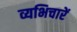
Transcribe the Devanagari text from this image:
व्यभिचारें